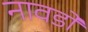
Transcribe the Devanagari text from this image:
नावडो